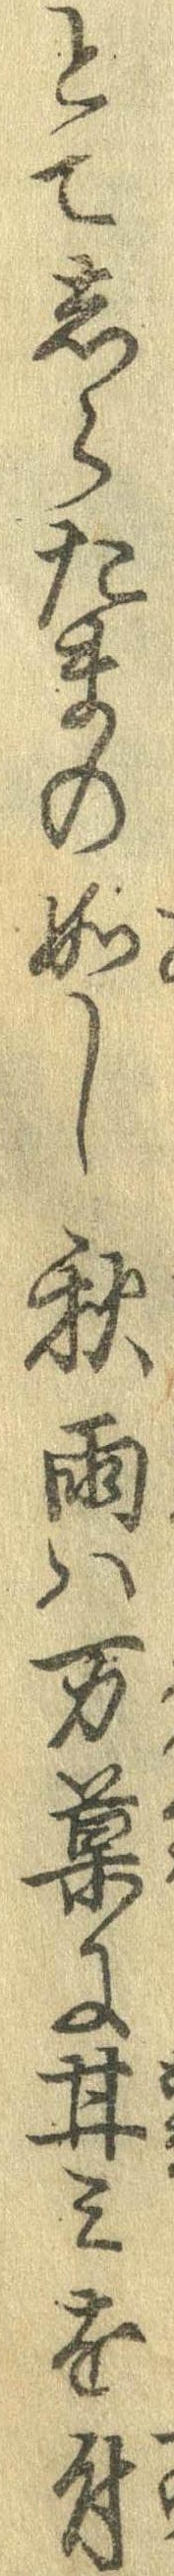
とてしらたまの如し秋雨は万菓に甘みを付